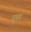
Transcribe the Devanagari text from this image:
पृथम्‌